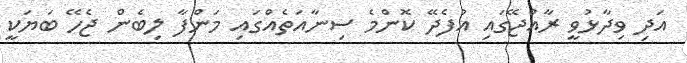
އަދި ވިދާޅުވީ ރާއްޖޭގައި އުފެދޭ ކޮންމެ ސިނާއަތެއްގައި މަންފާ ލިބެން ޖެހޭ ބަޔަކީ